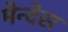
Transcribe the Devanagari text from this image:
मेन्देस